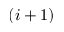
( i + 1 )